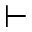
\vdash